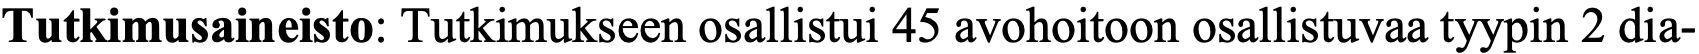
Tutkimusaineisto: Tutkimukseen osallistui 45 avohoitoon osallistuvaa tyypin 2 dia-